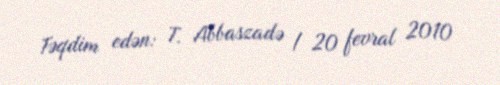
Təqdim edən: T. Abbaszadə / 20 fevral 2010